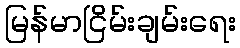
မြန်မာငြိမ်းချမ်းရေး